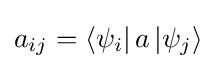
a_{ij}=\left\langle \psi _{i}\right|a\left|\psi _{j}\right\rangle